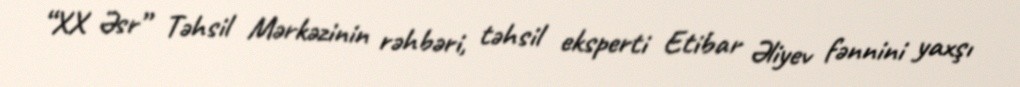
“XX Əsr” Təhsil Mərkəzinin rəhbəri, təhsil eksperti Etibar Əliyev fənnini yaxşı